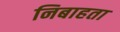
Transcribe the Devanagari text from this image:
निबाहता